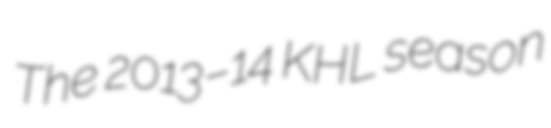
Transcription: The 2013–14 KHL season